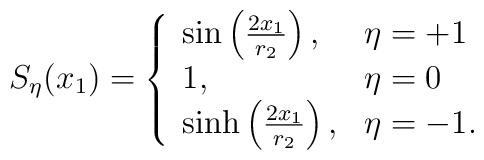
S_\eta(x_1) =\left\{ \begin{array}{ll}\sin\left( {2 x_1\over r_2}\right),& \eta = +1\\ 1, & \eta =0\\\sinh\left( {2 x_1\over r_2}\right),&\eta = -1.\end{array} \right.